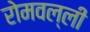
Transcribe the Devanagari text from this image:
रोमवल्ली